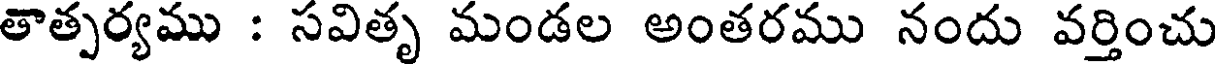
తాత్పర్యము : సవితృ మండల అంతరము నందు వర్తించు